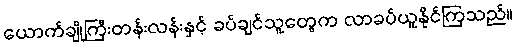
ယောက်ချိုကြီးတန်းလန်းနှင့် ခပ်ချင်သူတွေက လာခပ်ယူနိုင်ကြသည်။